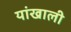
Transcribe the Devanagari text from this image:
यांखाली